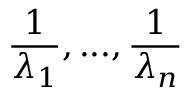
{ \frac { 1 } { \lambda _ { 1 } } } , . . . , { \frac { 1 } { \lambda _ { n } } }